Source: Handwritten
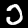
Digit: ၁ (1)